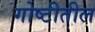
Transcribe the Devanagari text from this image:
गोष्टीतील